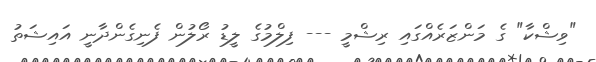
"ވިޝްކާ" ގެ މަންޒަރެއްގައި ރިޝްމީ --- ފިލްމުގެ ލީޑު ރޯލުން ފެނިގެންދާނީ އައިޝަތު